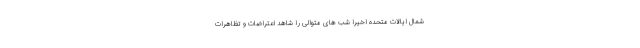
شمال ایالات متحده اخیراً شب های متوالی را شاهد اعتراضات و تظاهرات